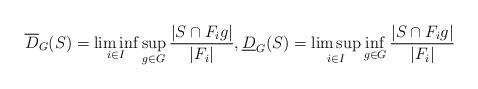
LaTeX: \begin{align*} \overline{D}_G(S) = \liminf_{i \in I} \sup_{g \in G} \frac{|S \cap F_ig|}{|F_i|}, \underline{D}_G(S) = \limsup_{i \in I} \inf_{g \in G} \frac{|S \cap F_ig|}{|F_i|} \end{align*}